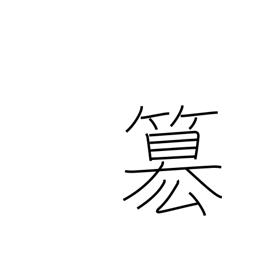
Meaning: rob